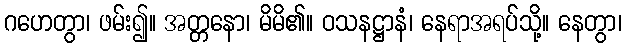
ဂဟေတွာ၊ ဖမ်း၍။ အတ္တနော၊ မိမိ၏။ ဝသနဋ္ဌာနံ၊ နေရာအရပ်သို့။ နေတွာ၊